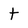
Character: t